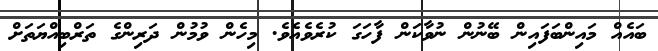
ބައެއް މައިންބަފައިން ބޭނުން ނުވާކަން ފާހަގަ ކުރެވެއެވެ. މިހެން ވުމުން ދަރިންގެ ތަރްބިއްޔަތަށް